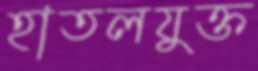
হাতলযুক্ত